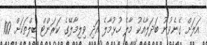
އަލަށް ގެނެވުނު ބަދަލާއެކު މާލެ ހުޅުމާލެ އަދި ވިލިމާލޭގެ ކަރަންޓް ބިލްތަކަށް 100